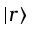
| r \rangle